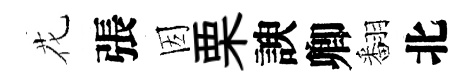
花張因栗諛卿翻北